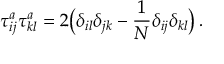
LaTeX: \tau _ { i j } ^ { a } \tau _ { k l } ^ { a } = 2 \big ( \delta _ { i l } \delta _ { j k } - \frac { 1 } { N } \delta _ { i j } \delta _ { k l } \big ) \, .